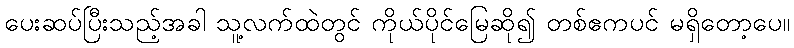
ပေးဆပ်ပြီးသည့်အခါ သူ့လက်ထဲတွင် ကိုယ်ပိုင်မြေဆို၍ တစ်ဧကပင် မရှိတော့ပေ။